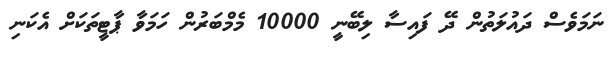
ނަމަވެސް ދައުލަތުން ދޭ ފައިސާ ލިބޭނީ 10000 މެމްބަރުން ހަމަވާ ޕާޓީތަކަށް އެކަނި